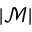
| { \mathcal { M } } |